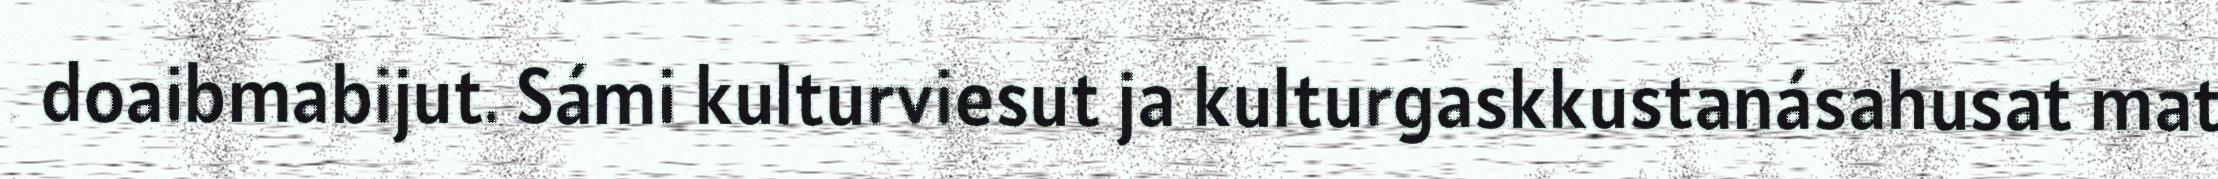
doaibmabijut. Sámi kulturviesut ja kulturgaskkustanásahusat mat